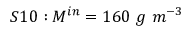
S 1 0 : M ^ { i n } = 1 6 0 \ g \ m ^ { - 3 }